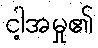
ငါ့အမှု၏